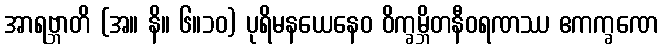
အာရဗ္ဘာတိ (အ။ နိ။ ၆။၁၀) ပုရိမနယေနေဝ ဝိက္ခမ္ဘိတနီဝရဏဿ ဧကက္ခဏေ